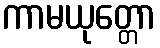
ကာမယုတ္တော